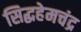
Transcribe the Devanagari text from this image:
सिद्धहेमचंद्र